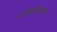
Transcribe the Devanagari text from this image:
धर्मप्रबोधनात